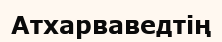
Атхарваведтің